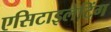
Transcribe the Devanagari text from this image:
एसिटाइलेटिंग